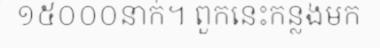
១៥០០០នាក់។ ពួកនេះកន្លងមក